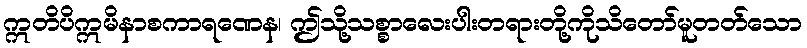
ဣတိပိဣမိနာစကာရဏေန၊ ဤသို့သစ္စာလေးပါးတရားတို့ကိုသိတော်မူတတ်သော